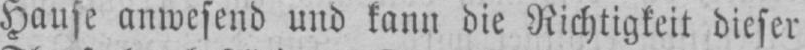
Hause anwesend und kann die Richtigkeit dieser